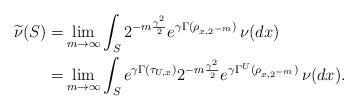
LaTeX: \begin{align*}\widetilde{\nu}(S)=&\lim_{m\to \infty} \int_S 2^{-m\frac{\gamma^2}{2}}e^{\gamma \Gamma(\rho_{x,2^{-m}})} \, \nu(dx)\\=&\lim_{m\to \infty} \int_S e^{\gamma \Gamma(\tau_{U,x})} 2^{-m\frac{\gamma^2}{2}}e^{\gamma \Gamma^U(\rho_{x,2^{-m}})} \, \nu(dx).\end{align*}